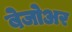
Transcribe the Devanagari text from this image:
बेजोअर